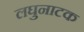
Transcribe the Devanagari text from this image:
लघुनाटक